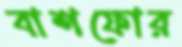
বাশফোর